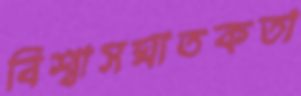
বিশ্বাসঘাতকতা